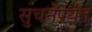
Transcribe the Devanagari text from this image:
सुचनेपर्यंत